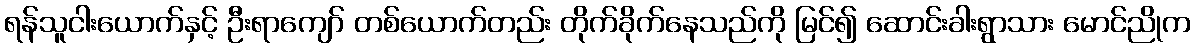
ရန်သူငါးယောက်နှင့် ဦးရာကျော် တစ်ယောက်တည်း တိုက်ခိုက်နေသည်ကို မြင်၍ ဆောင်းခါးရွာသား မောင်ညိုက